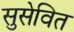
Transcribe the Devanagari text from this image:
सुसेवित